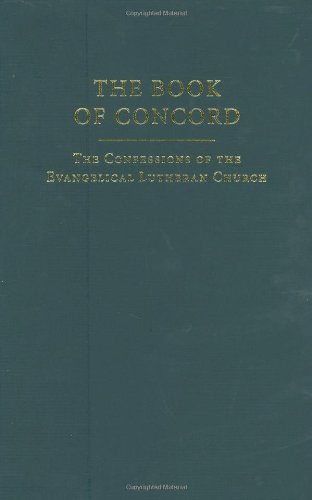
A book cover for The Book of Concord: The Confessions of the Evangelical Lutheran Church; Robert Kolb; Christian Books & Bibles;